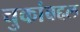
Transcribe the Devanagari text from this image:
चुकांबद्दल